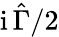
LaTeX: \mathrm{i}\, \hat{\Gamma}/2